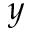
y